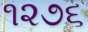
૧૨૭૬